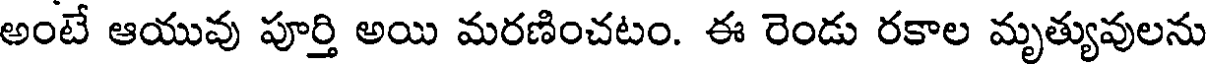
అంటే ఆయువు పూర్తి అయి మరణించటం. ఈ రెండు రకాల మృత్యువులను